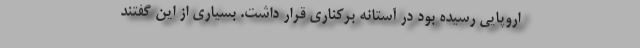
اروپایی رسیده بود در آستانه برکناری قرار داشت. بسیاری از این گفتند